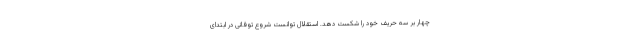
چهار بر سه حریف خود را شکست دهد. استقلال توانست شروع توفانی در ابتدای